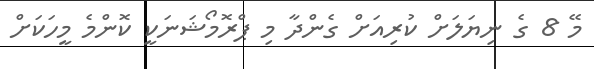
މޭ 8 ގެ ނިޔަލަށް ކުރިއަށް ގެންދާ މި ޕްރޮމޯޝަނަކީ ކޮންމެ މީހަކަށް